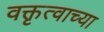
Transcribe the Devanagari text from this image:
वक्तृत्वाच्या